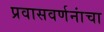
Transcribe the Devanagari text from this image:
प्रवासवर्णनांचा